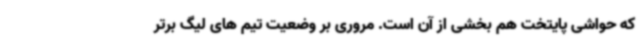
که حواشی پایتخت هم بخشی از آن است. مروری بر وضعیت تیم های لیگ برتر